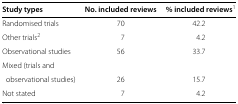
<table><thead><tr><td><b>Study types</b></td><td><b>No. included reviews</b></td><td><b>% included reviews<sup>1</sup></b></td></tr></thead><tbody><tr><td>Randomised trials</td><td>70</td><td>42.2</td></tr><tr><td>Other trials<sup>2</sup></td><td>7</td><td>4.2</td></tr><tr><td>Observational studies</td><td>56</td><td>33.7</td></tr><tr><td>Mixed (trials and</td><td> </td><td> </td></tr><tr><td>observational studies)</td><td>26</td><td>15.7</td></tr><tr><td>Not stated</td><td>7</td><td>4.2</td></tr></tbody></table>